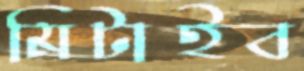
মিটাইব